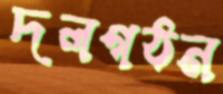
দলগঠন